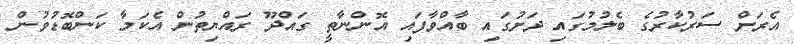
އެރަށް ސަރުކާރުގެ ބެލުމުގައި ދަށުގައި ބާއްވާފައި އޮންނާތީ ގައްދޫ ރައްޔިތުން އެކަމާ ކަންބޮޑުވުން